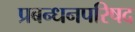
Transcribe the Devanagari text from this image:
प्रबन्धनपरिषद